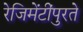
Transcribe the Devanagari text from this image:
रेजिमेंटींपुरते